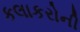
કલાકરોની